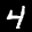
Label: 4